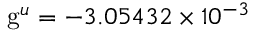
\mathrm { g } ^ { u } = - 3 . 0 5 4 3 2 \times 1 0 ^ { - 3 }